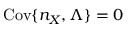
\mathrm { C o v } \{ n _ { X } , \Lambda \} = 0